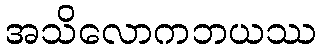
အသိလောကဘယဿ